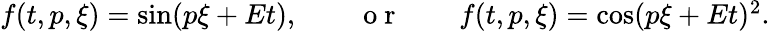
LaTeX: \begin{array}{r}{f(t,p,\xi)=\sin(p\xi+Et),\qquad\mathrm{~o~r~}\qquad f(t,p,\xi)=\cos(p\xi+Et)^{2}.}\end{array}